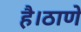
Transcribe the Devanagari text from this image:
है।ठाणे